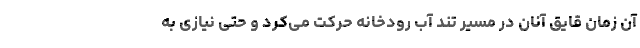
آن زمان قایق آنان در مسیر تند آب رودخانه حرکت می‌کرد و حتی نیازی به